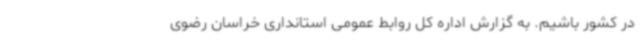
در کشور باشیم. به گزارش اداره کل روابط عمومی استانداری خراسان رضوی